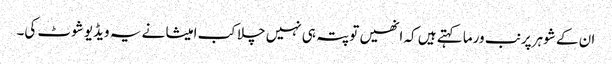
ان کے شوہر پرنب ورما کہتے ہیں کہ انھیں تو پتہ ہی نہیں چلا کب امیشا نے یہ ویڈیو شوٹ کی۔